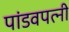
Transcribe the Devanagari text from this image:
पांडवपत्‍नी